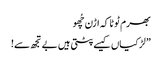
بھرم ٹوٹا کہ اڑن چُھو
” لڑکیاں کیسے پٹتی ہیں بے تجھ سے!